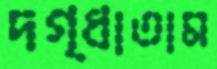
দগ্ধাতাম